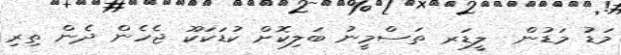
މަޑު މަޑުން  ލީޑަރ ތަސްމީނު ބަލިކޮށް ކުޑަކަކޫ ޖެހެން ދެން ތިރި